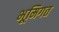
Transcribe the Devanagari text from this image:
भूमिगत